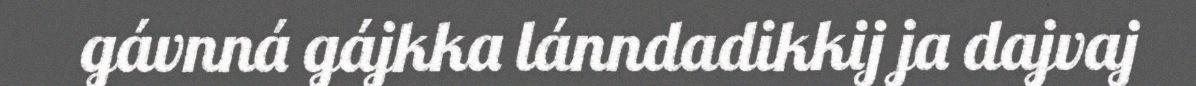
gávnná gájkka lánndadikkij ja dajvaj